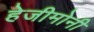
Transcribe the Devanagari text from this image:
हेजीमोनी